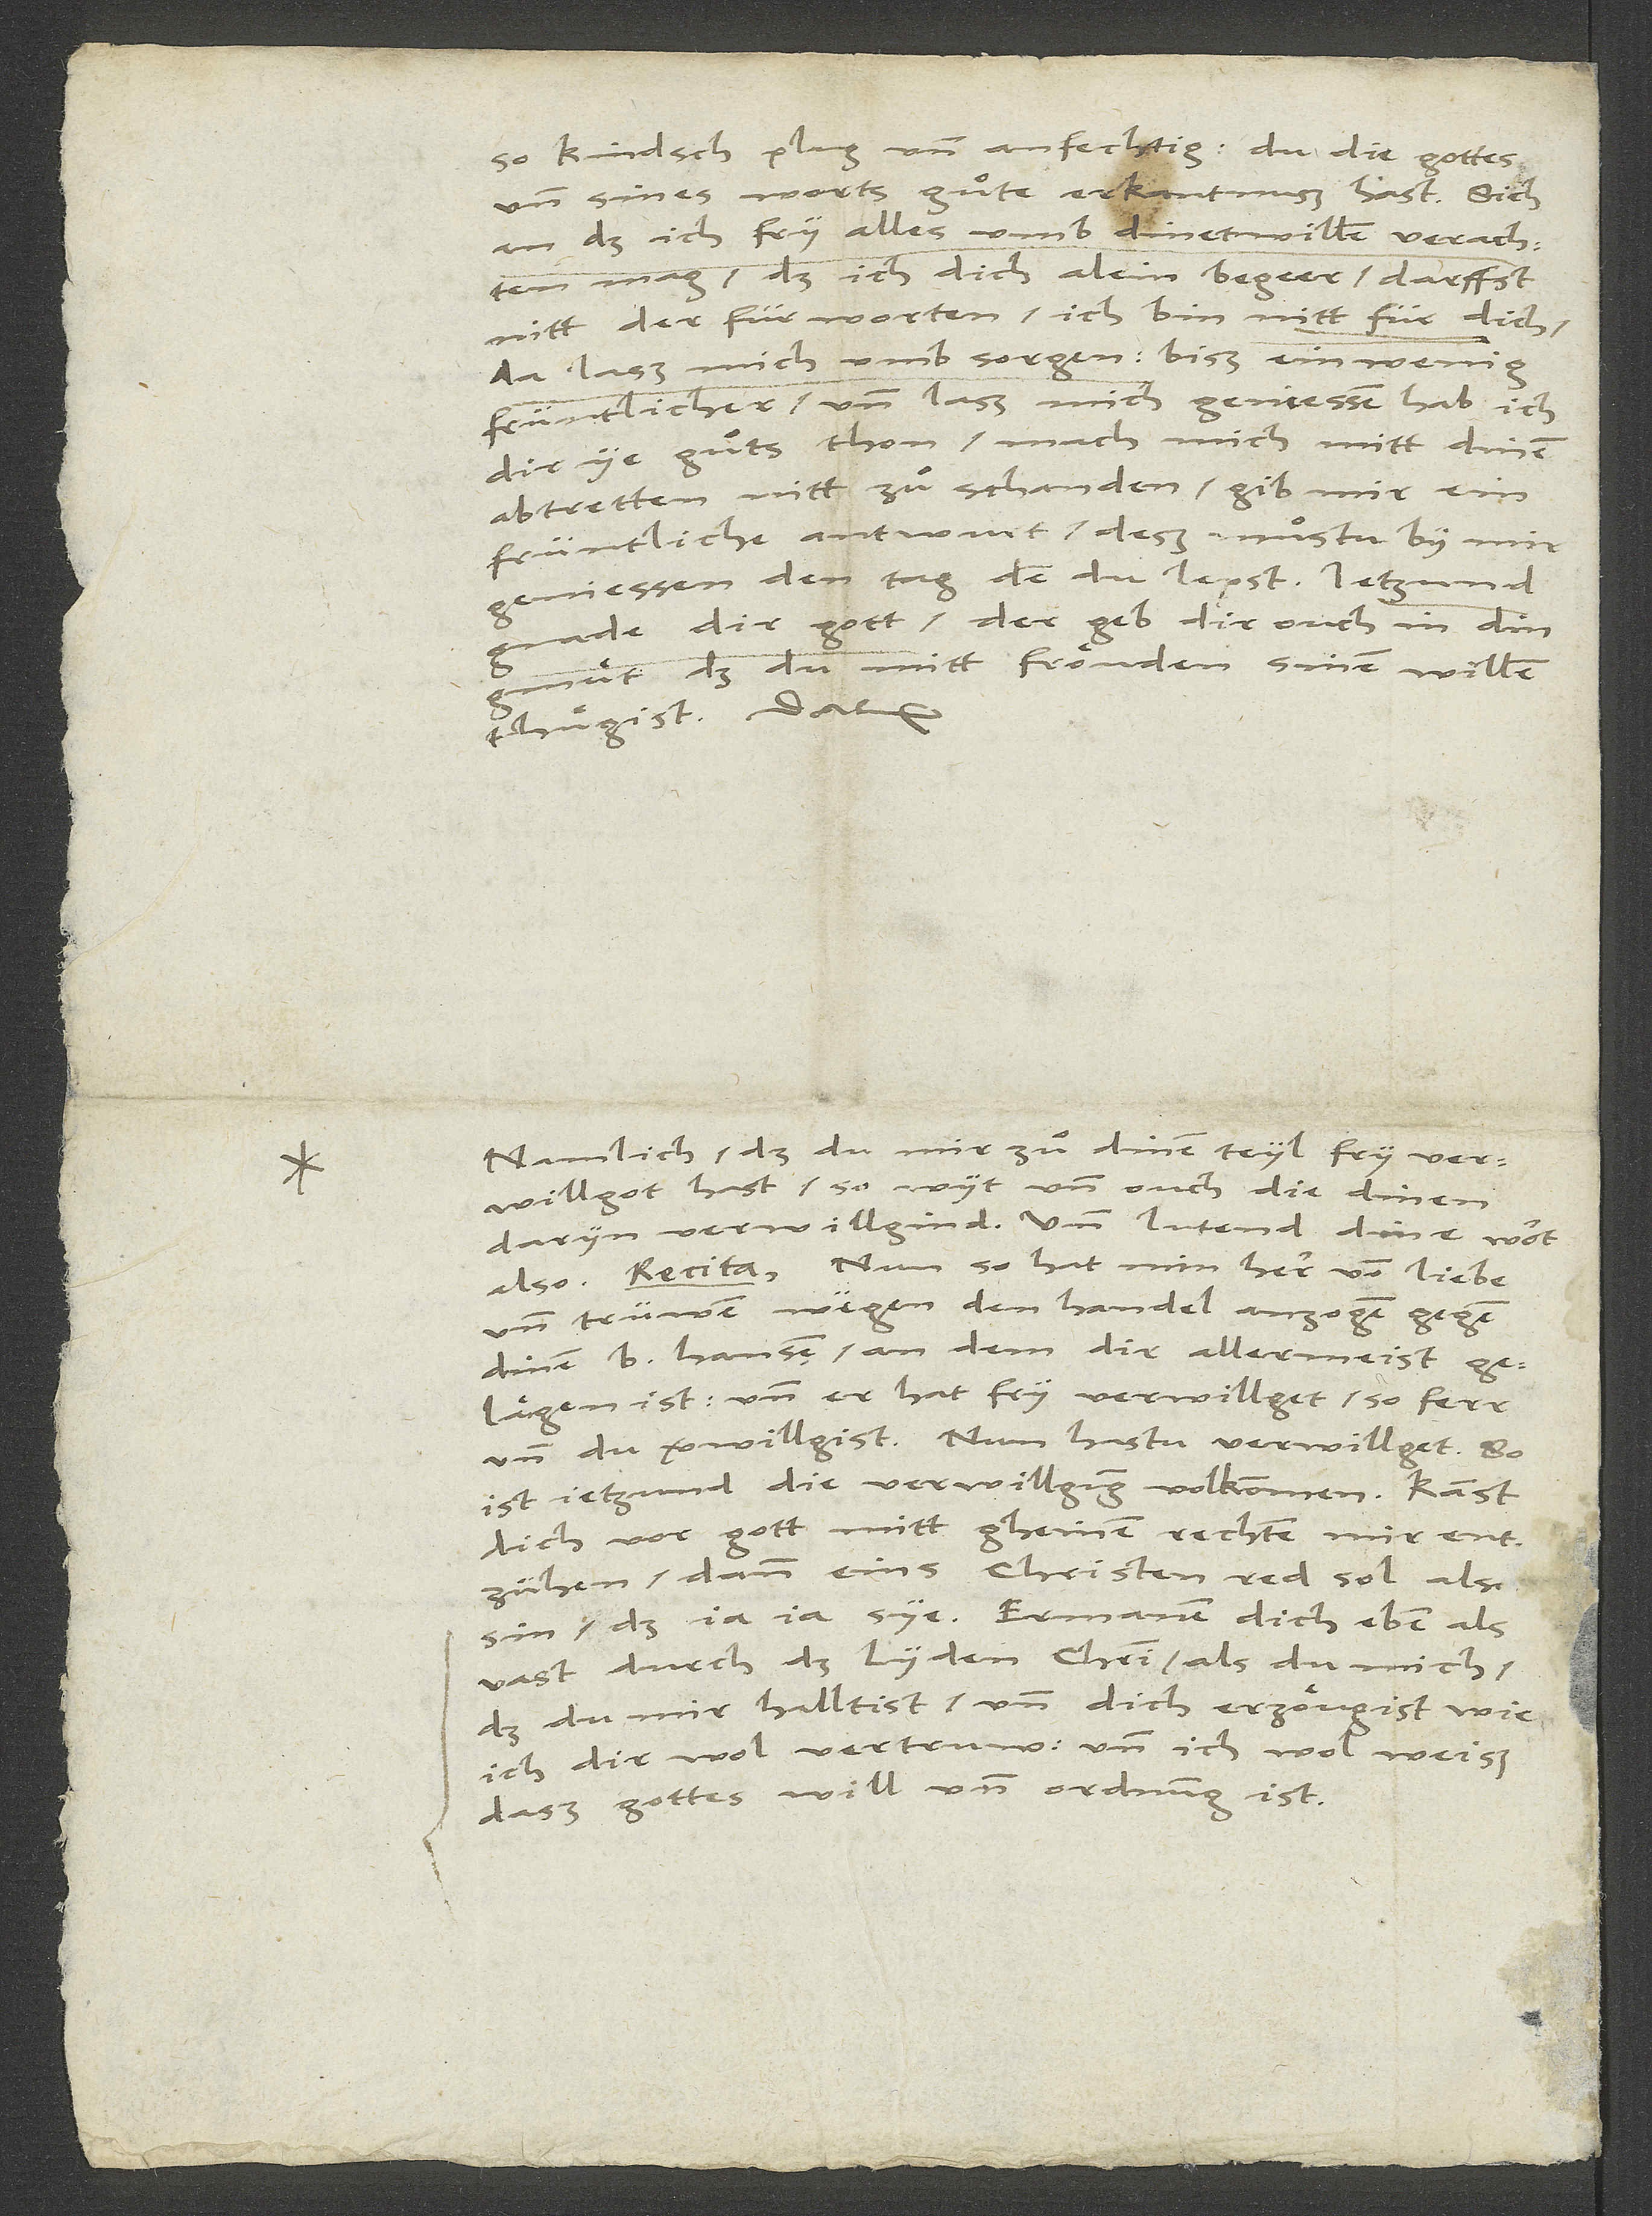
so kindsch plug und anfechtig, du, die gottes
und sines worts guͤte erkantnuß hast! Sich
an, daß ich fry alles umb dinetwillen verachten
mag, daß ich dich alein begeer! Darfst
nitt der fürworten: «Ich bin nitt für dich»;
da laß mich umb sorgen! Biß ein wenig
früntlicher und laß mich geniessen; hab ich
dir ye guͦts thon, mach mich mitt dinem
abtretten nitt zuͦ schanden! Gib mir ein
früntliche antwurt, deß muͤstu by mir
gnade dir gott der geb dir ouch in din
gmuͤt, daß du mitt fröuden sinen willen
thuͤgist. Datum.
namlich daß du mir zuͦ dinem teyl fry verwillgot hast,
daryn verwilligind, und lutend dine wort
also: (Recita). Nun, so hat min herr von liebe
und trüwen wegen den handel anzogen gegen
vast durch das lyden Christi als du mich,
daß du mir halltist und dich erzöugist, wie
ich dir wol vertruw und ich wol weiß,
daß gottes will und ordnung ist.